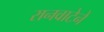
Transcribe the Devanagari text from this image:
रानवाटेने